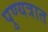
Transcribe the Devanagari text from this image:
पुण्यत्रात